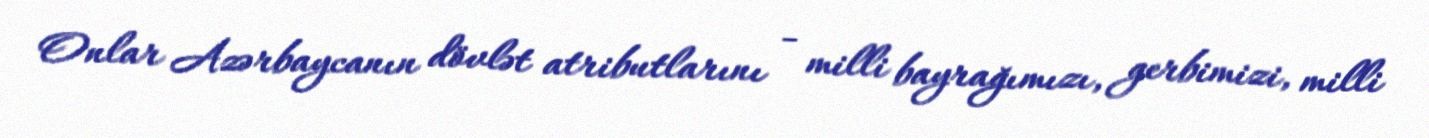
Onlar Azərbaycanın dövlət atributlarını - milli bayrağımızı, gerbimizi, milli